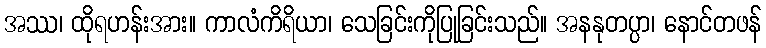
အဿ၊ ထိုရဟန်းအား။ ကာလံကိရိယာ၊ သေခြင်းကိုပြုခြင်းသည်။ အနနုတပ္ပာ၊ နောင်တဖန်